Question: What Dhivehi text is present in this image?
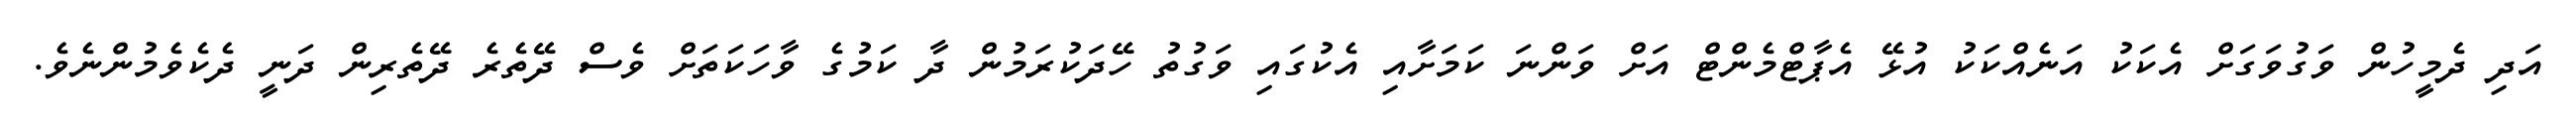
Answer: އަދި ދެމީހުން ވަގުވަގަށް އެކަކު އަނެއްކަކު އުޅޭ އެޕާޓްމެންޓް އަށް ވަންނަ ކަމަށާއި އެކުގައި ވަގުތު ހޭދަކުރަމުން ދާ ކަމުގެ ވާހަކަތަށް ވެސް ދޭތެރެ ދޭތެރިން ދަނީ ދެކެވެމުންނެވެ.